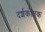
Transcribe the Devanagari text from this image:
दर्शकोंतक